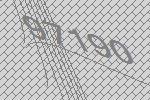
97190